NASA-UAP-D5, Apollo 17 Crew Debriefing for Science, 1973
Page 1
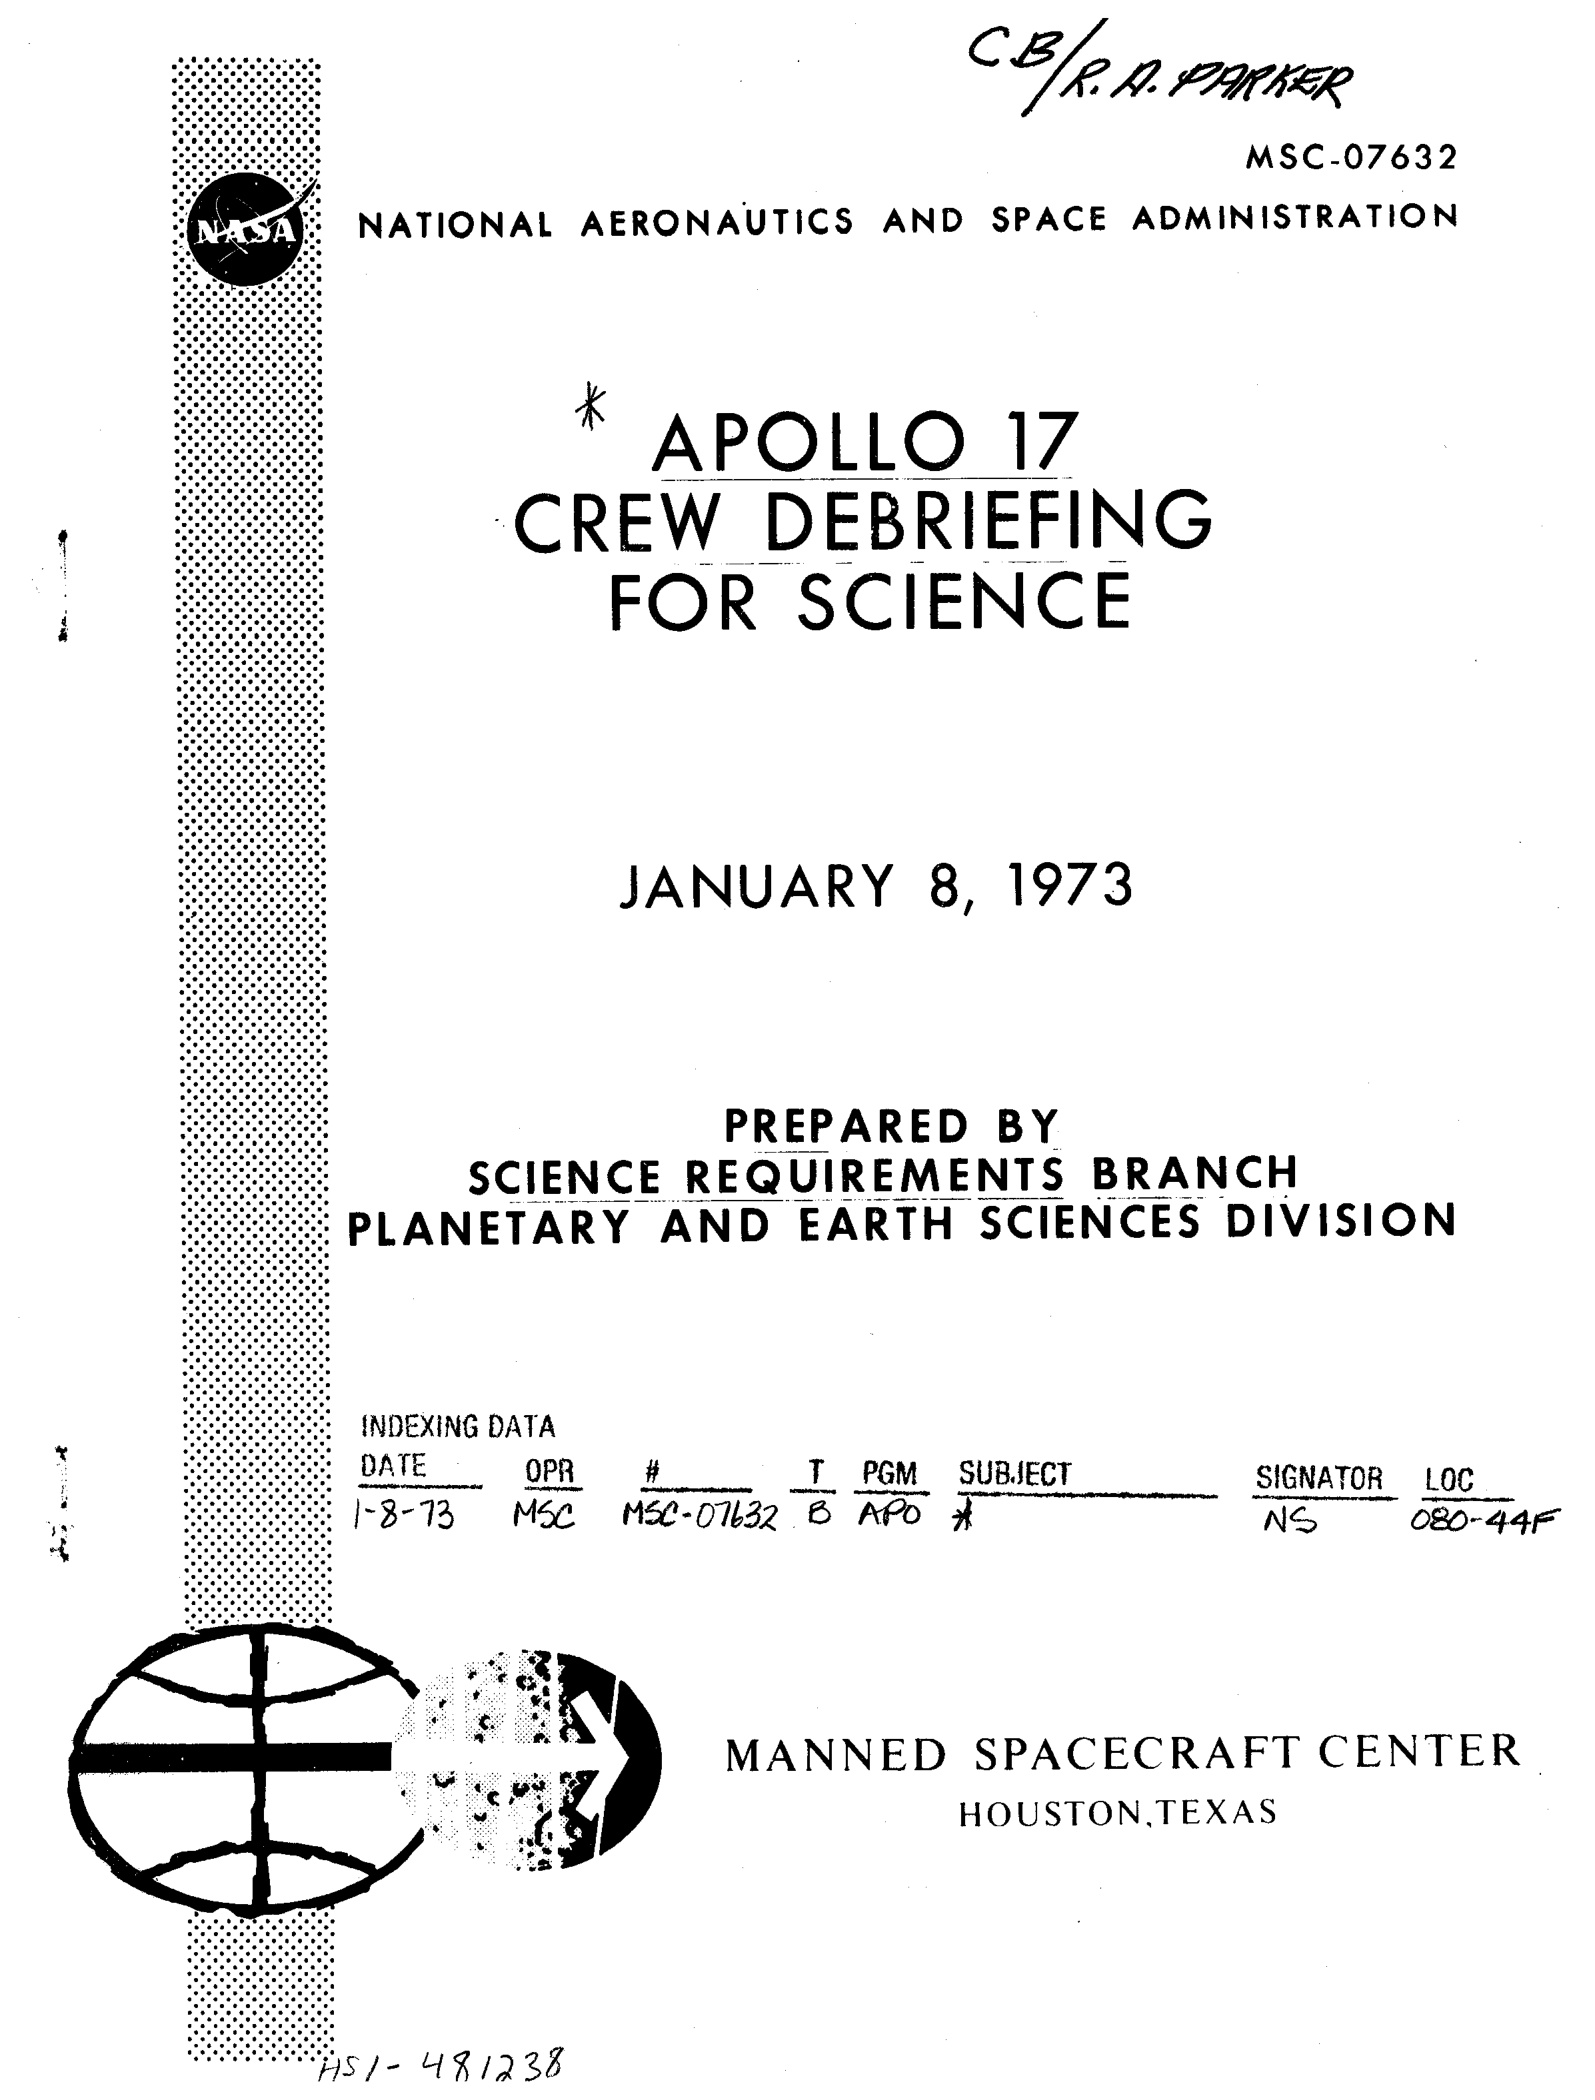